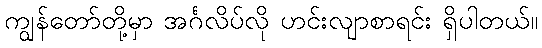
ကျွန်တော်တို့မှာ အင်္ဂလိပ်လို ဟင်းလျာစာရင်း ရှိပါတယ်။